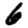
Digit: 6